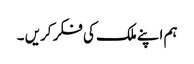
ہم اپنے ملک کی فکر کریں ۔